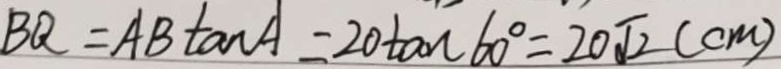
B Q = A B \tan A = 2 0 \tan 6 0 ^ { \circ } = 2 0 \sqrt { 2 } ( c m )